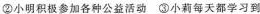
②小明积极参加各种公益活动 ③小莉每天都学习到